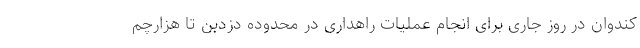
کندوان در روز جاری برای انجام عملیات راهداری در محدوده دزدبن تا هزارچم